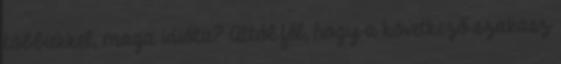
többiekkel, maga idióta? Attól fél, hogy a következő szakasz